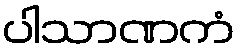
ပါသာဏကံ